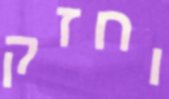
וחזק